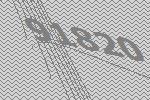
91820